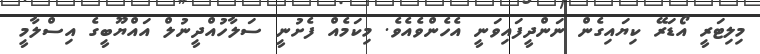
މިލިޓަރީ އޯޑަރޭ ކިޔައިގެން ނަންދީފައިވަނީ އެހެންވެއެވެ. މިކަމެއް ފެށުނީ ސަލާހުއްދީނުލް އައްޔޫބީގެ އިސްލާމީ